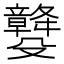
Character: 𣫡